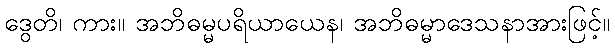
ဒွေတိ၊ ကား။ အဘိဓမ္မပရိယာယေန၊ အဘိဓမ္မာဒေသနာအားဖြင့်။